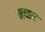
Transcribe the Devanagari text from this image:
मच्‍छर